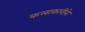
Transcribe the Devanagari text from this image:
कलाकारीने